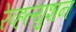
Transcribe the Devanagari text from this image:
रेव्हल्युशन